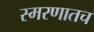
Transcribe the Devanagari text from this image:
स्मरणातच